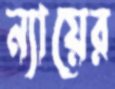
ন্যায়ের